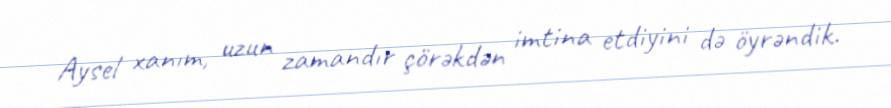
Aysel xanım, uzun zamandır çörəkdən imtina etdiyini də öyrəndik.